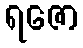
ရဇော